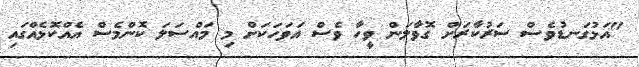
"އަޅުގަނޑުވެސް ސަރުކާރަށް ގޮވާލަން ވީހާ ވެސް އަވަހަކަށް މި މައްސަލަ ކޮންމެސް އެއްކޮޅެއްގައި